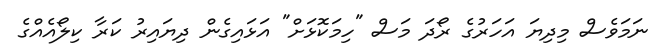
ނަމަވެސް މިދިޔަ އަހަރުގެ ރޯދަ މަސް "ހިމަކޮޅަށް" އަޅައިގެން ދިޔައިރު ކަރާ ކިލޯއެއްގެ